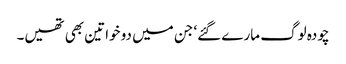
چودہ لوگ مارے گئے‘ جن میں دو خواتین بھی تھیں۔